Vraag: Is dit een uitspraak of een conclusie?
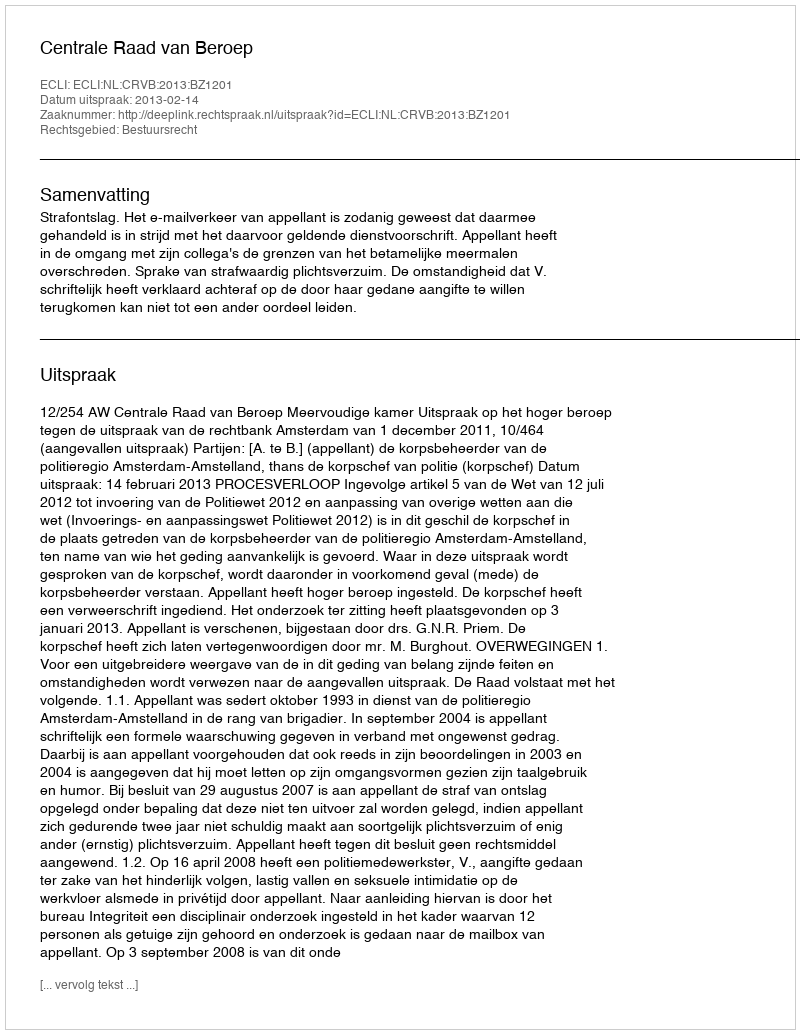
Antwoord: Uitspraak